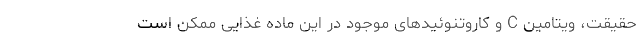
حقیقت، ویتامین C و کاروتنوئیدهای موجود در این ماده غذایی ممکن است